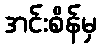
အင်းစိန်မှ